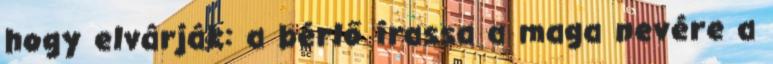
hogy elvárják: a bérlő írassa a maga nevére a